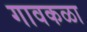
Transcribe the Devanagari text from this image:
गावकळा